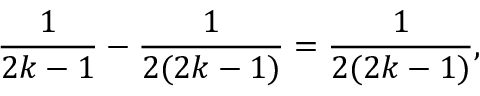
{ \frac { 1 } { 2 k - 1 } } - { \frac { 1 } { 2 ( 2 k - 1 ) } } = { \frac { 1 } { 2 ( 2 k - 1 ) } } ,